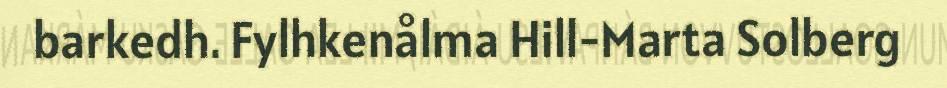
barkedh. Fylhkenålma Hill-Marta Solberg